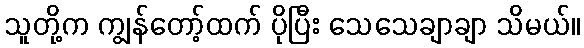
သူတို့က ကျွန်တော့်ထက် ပိုပြီး သေသေချာချာ သိမယ်။